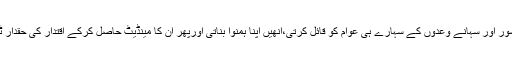
وہ اپنے منشور اور سہانے وعدوں کے سہارے ہی عوام کو قائل کرتی،انھیں اپنا ہمنوا بناتی اورپھر ان کا مینڈیٹ حاصل کرکے اقتدار کی حقدار ٹھہرتی ہے۔